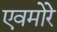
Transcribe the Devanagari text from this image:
एवमोरे